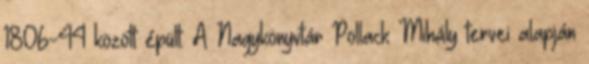
1806-44 között épült. A Nagykönyvtár Pollack Mihály tervei alapján